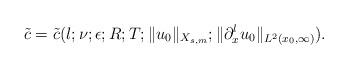
LaTeX: \begin{align*} \tilde{c} = \tilde{c}(l; \nu; \epsilon; R; T; \|u_0\|_{X_{s,m}}; \|\partial_x^lu_0\|_{L^2(x_0,\infty)}).\end{align*}